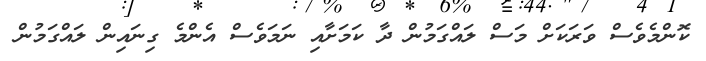
ކޮންމެވެސް ވަރަކަށް މަސް ލައްގަމުން ދާ ކަމަށާއި ނަމަވެސް އެންމެ ގިނައިން ލައްގަމުން